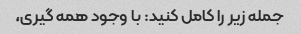
جمله زیر را کامل کنید: با وجود همه گیری،